Vaccination in Bombay 1869-1873 - 1869-1873
Year: 1869
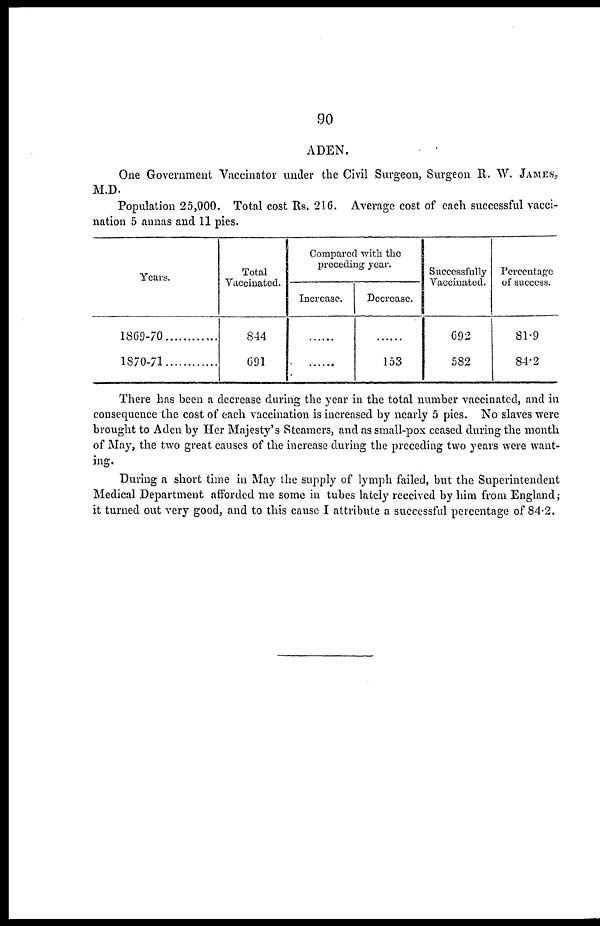
90
ADEN.
One Government Vaccinator under the Civil Surgeon, Surgeon R. W. JAMES,
M.D.
Population 25,000. Total cost Rs. 216. Average cost of each successful vacci-
nation 5 annas and 11 pies.
Years.
1869-70
1870-71
Total
Vaccinated.
844
691
Compared with the
preceding year.
Increase.
......
......
Decrease.
......
153
Successfully
Vaccinated.
692
582
Percentage
of success.
81.9
84.2
There has been a decrease during the year in the total number vaccinated, and in
consequence the cost of each vaccination is increased by nearly 5 pies. No slaves were
brought to Aden by Her Majesty's Steamers, and as small-pox ceased during the month
of May, the two great causes of the increase during the preceding two years were want-
ing.
During a short time in May the supply of lymph failed, but the Superintendent
Medical Department afforded me some in tubes lately received by him from England;
it turned out very good, and to this cause I attribute a successful percentage of 84.2.